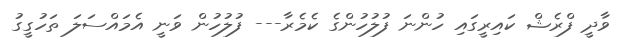
ވާދީ ފްރެޝް ކައިރީގައި ހުންނަ ފުލުހުންގެ ކެމެރާ--- ފުލުހުން ވަނީ އެމައްސަލަ ތަހުގީގު